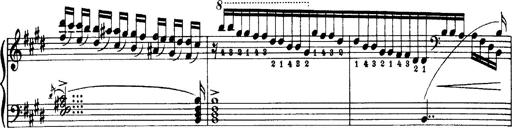
Title: OuvertÃ¼re zu TannhÃ¤user
Composer: Franz Liszt